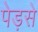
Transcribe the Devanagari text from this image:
पेड़से